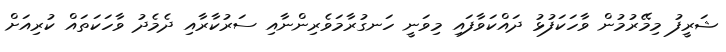
ޝަރީފު މިމޭރުމުން ވާހަކަފުޅު ދައްކަވާފައި މިވަނީ ހަނގުރާމަވެރިންނާއި ސަރުކާރާއި ދެމެދު ވާހަކަތައް ކުރިއަށް